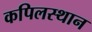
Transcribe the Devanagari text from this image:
कपिलस्थान